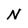
Character: N